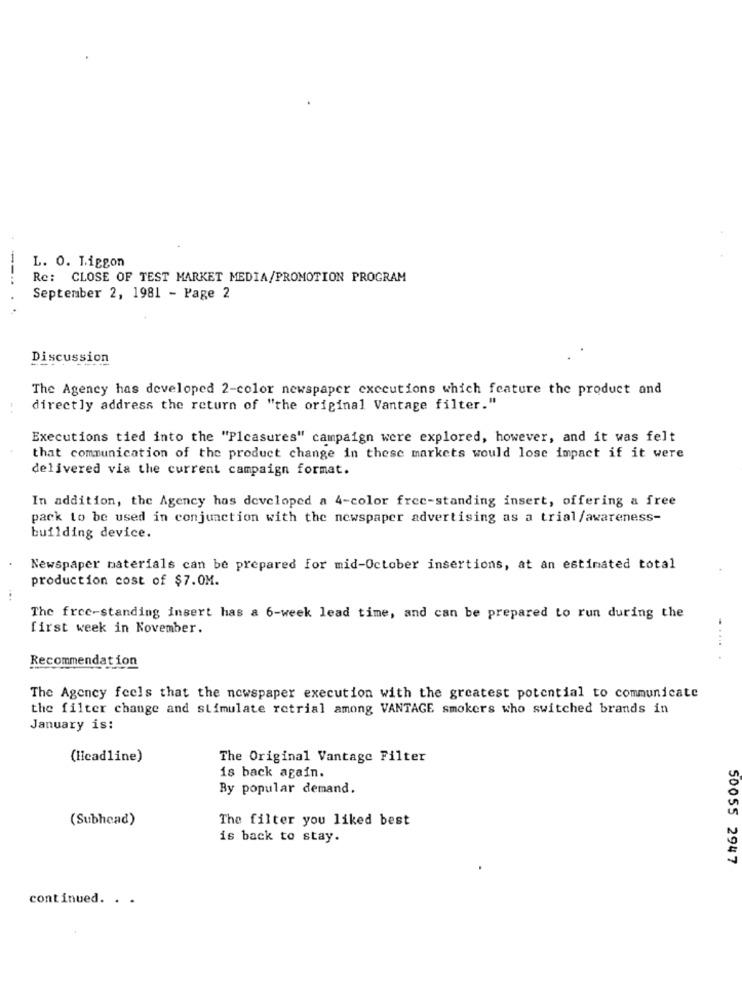
L. O. Liggon
----
Re: CLOSE OF TEST MARKET MEDIA/PROMOTION PROGRAM
September 2, 1981 - Page 2
Discussion
The Agency has developed 2-color newspaper executions which feature the product and
directly address the return of "the original Vantage filter."
Executions tied into the "Pleasures" campaign were explored, however, and it was felt
that communication of the product change in these markets would lose impact if it were
delivered via the current campaign format.
In addition, the Agency has developed a 4-color free-standing insert, offering a free
pack to be used in conjunction with the newspaper advertising as a trial/awareness-
building device.
Newspaper materials can be prepared for mid-October insertions, at an estimated total
production cost of $7.0M.
The free-standing insert has a 6-week lead time, and can be prepared to run during the
first week in November.
Recommendation
The Agency feels that the newspaper execution with the greatest potential to communicate
the filter change and stimulate retrial among VANTAGE smokers who switched brands in
January is:
(licadline)
The Original Vantage Filter
is back again.
By popular demand.
(Subhead)
The filter you liked best
is back to stay.
50055 2947
continued. . .